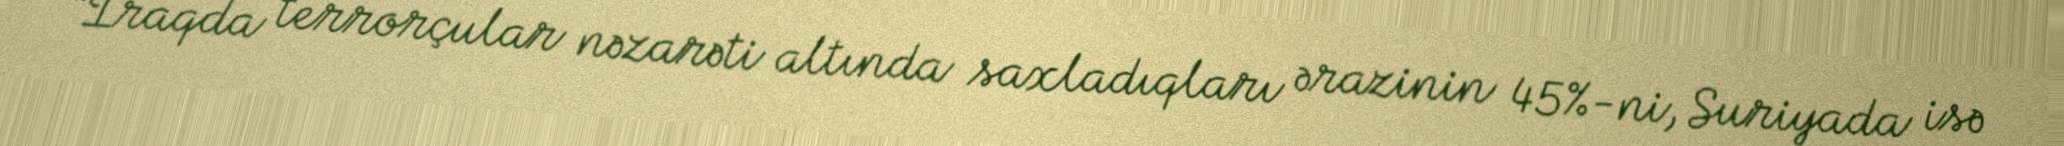
“İraqda terrorçular nəzarəti altında saxladıqları ərazinin 45%-ni, Suriyada isə